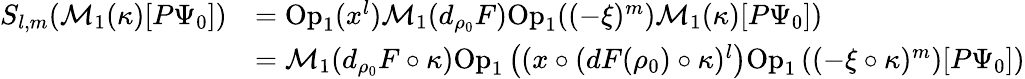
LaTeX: \begin{array}{rl}{S_{l,m}(\mathcal{M}_{1}(\kappa)[P\Psi_{0}])}&{=\mathrm{Op}_{1}(x^{l})\mathcal{M}_{1}(d_{\rho_{0}}F)\mathrm{Op}_{1}((-\xi)^{m})\mathcal{M}_{1}(\kappa)[P\Psi_{0}])}\\ &{=\mathcal{M}_{1}(d_{\rho_{0}}F\circ\kappa)\mathrm{Op}_{1}\left((x\circ(dF(\rho_{0})\circ\kappa)^{l}\right)\mathrm{Op}_{1}\left((-\xi\circ\kappa)^{m}\right)[P\Psi_{0}])}\end{array}